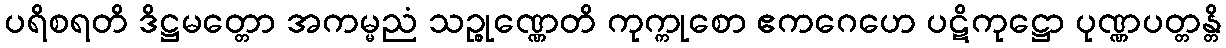
ပရိစရတိ ဒိဋ္ဌမတ္တော အကမ္မညံ သဉ္စုဏ္ဏေတိ ကုက္ကုစော ဧကဂေဟေ ပဋိကုဋ္ဌော ပုဏ္ဏပတ္တန္တိ